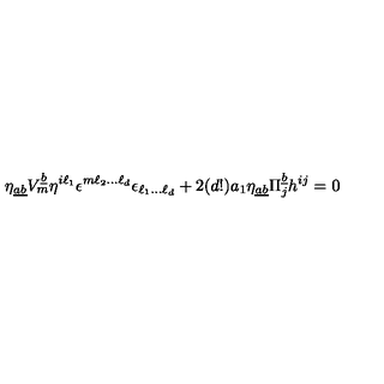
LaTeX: \eta _ { \underline { { a b } } } V _ { m } ^ { \underline { { b } } } \eta ^ { i \ell _ { 1 } } \epsilon ^ { m \ell _ { 2 } \dots \ell _ { d } } \epsilon _ { \ell _ { 1 } \dots \ell _ { d } } + 2 ( d ! ) a _ { 1 } \eta _ { \underline { { a b } } } \Pi _ { j } ^ { \underline { { b } } } h ^ { i j } = 0